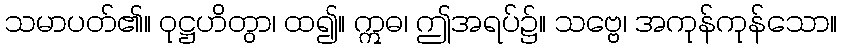
သမာပတ်၏။ ဝုဋ္ဌဟိတွာ၊ ထ၍။ ဣဓ၊ ဤအရပ်၌။ သဗ္ဗေ၊ အကုန်ကုန်သော။